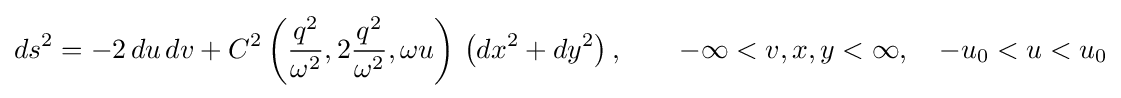
ds^{2}=-2\,du\,dv+C^{2}\left({\frac {q^{2}}{\omega ^{2}}},2{\frac {q^{2}}{\omega ^{2}}},\omega u\right)\,\left(dx^{2}+dy^{2}\right),\qquad -\infty <v,x,y<\infty ,\quad -u_{0}<u<u_{0}